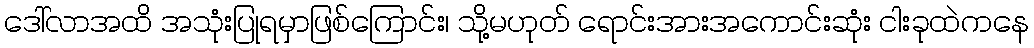
ဒေါ်လာအထိ အသုံးပြုရမှာဖြစ်ကြောင်း၊ သို့မဟုတ် ရောင်းအားအကောင်းဆုံး ငါးခုထဲကနေ